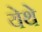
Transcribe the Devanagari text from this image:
येेथे